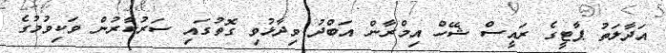
އަދާލަތު ޕާޓީގެ ރައީސް ޝޭހް އިމްރާން އަބްދު ވިދާޅުވި ގޮތުގައި ސަރުކާރުން ވަކިވުމުގެ